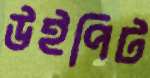
উইপিট